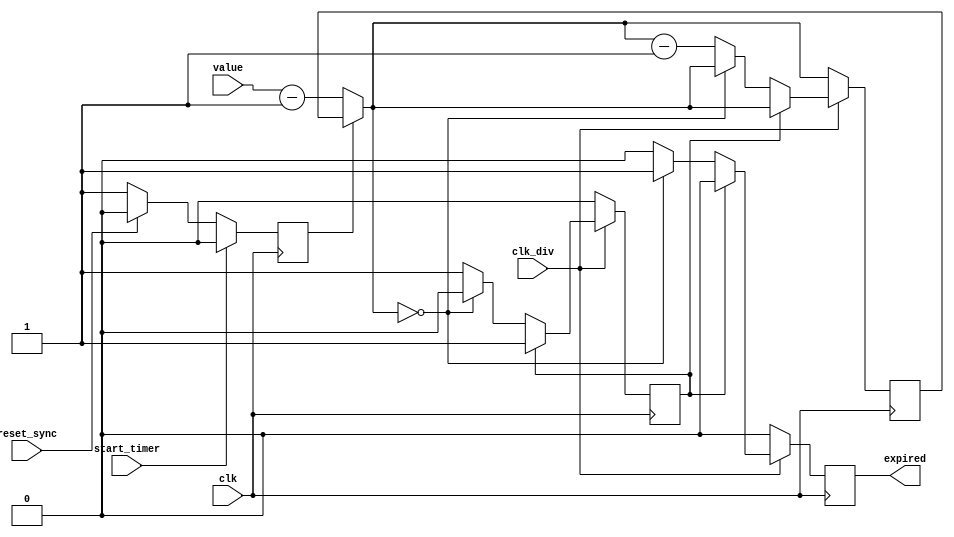
`timescale 1ns / 1ps
//////////////////////////////////////////////////////////////////////////////////
// Company: 
// Engineer: 
// 
// Design Name: 
// Module Name: Timer
// Project Name: 
// Target Devices: 
// Tool Versions: 
// Description: 
// 
// Dependencies: 
// 
// Revision:
// Revision 0.01 - File Created
// Additional Comments:
// 
//////////////////////////////////////////////////////////////////////////////////


module Timer(
    input [3:0] value,
    input clk_div,
    input start_timer,
    input clk,
    input reset_sync,
    output reg expired
    );
	 
	 
	 reg [3:0] time_left;
	 reg clk_offset =1;
	 reg reduced = 0;
	always@(posedge clk) begin
		
		if (!clk_offset) begin
			clk_offset = 1;
			time_left = value-1;
		end
			
		if (reset_sync)begin
			clk_offset = 0;
		end			
		if (start_timer) begin
			clk_offset =0;
		end
		expired = 0;
		
		if (clk_div) begin
		    if(!reduced) begin
                if (!time_left) begin
                    expired = 1;
                end else begin
                    time_left = time_left - 1;
                    reduced = 1;
                end
            end
        end else begin
            reduced=0;
        end
				
																		
	end



endmodule